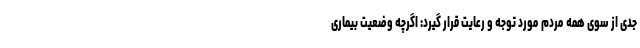
جدی از سوی همه مردم مورد توجه و رعایت قرار گیرد: اگرچه وضعیت بیماری